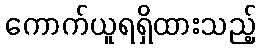
ကောက်ယူရရှိထားသည့်